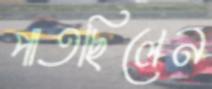
পাতছিলেন